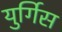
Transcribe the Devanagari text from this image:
युर्गिस